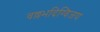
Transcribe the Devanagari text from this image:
वल्लभदिग्विजय